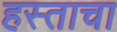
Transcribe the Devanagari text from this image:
हस्ताचा